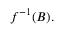
f ^ { - 1 } ( B ) .